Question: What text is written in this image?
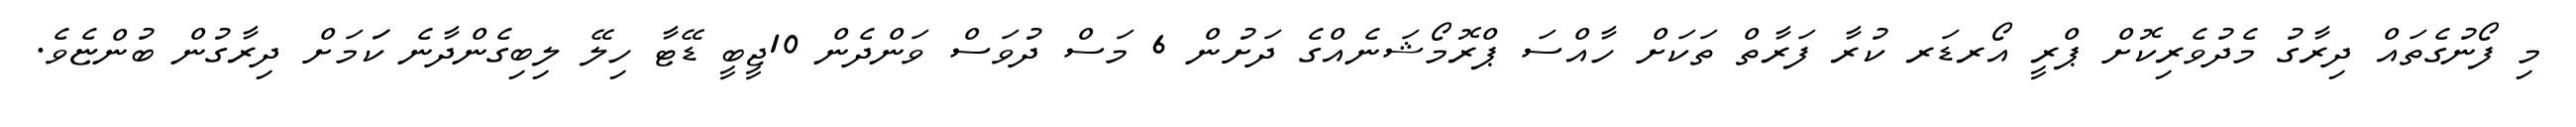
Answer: މި ފޯނުގެތައް ދިރާގު މެދުވެރިކޮށް ޕްރީ އޯރޑަރ ކުރާ ފަރާތް ތަކަށް ހާއްސަ ޕްރޮމޯޝަނެއްގެ ދަށުން 6 މަސް ދުވަސް ވަންދެން 10ޖީބީ ޑޭޓާ ހިލޭ ލިބިގެންދާނެ ކަަަމަށް ދިރާގުން ބުންޏެވެ.